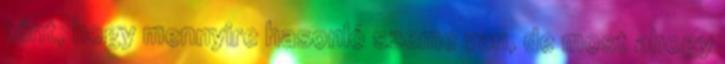
tűnt, hogy mennyire hasonló szeme van, de most ahogy